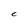
Character: C